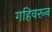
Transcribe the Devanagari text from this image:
गहिवरून